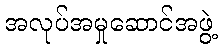
အလုပ်အမှုဆောင်အဖွဲ့